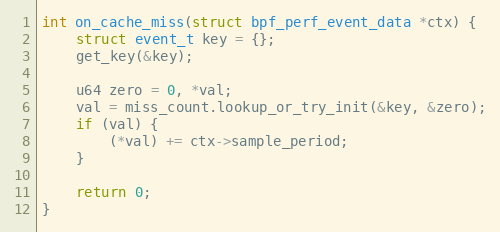
Language: C++
int on_cache_miss(struct bpf_perf_event_data *ctx) {
    struct event_t key = {};
    get_key(&key);

    u64 zero = 0, *val;
    val = miss_count.lookup_or_try_init(&key, &zero);
    if (val) {
        (*val) += ctx->sample_period;
    }

    return 0;
}